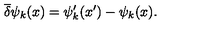
\overline { { \delta } } \psi _ { k } ( x ) = \psi _ { k } ^ { \prime } ( x ^ { \prime } ) - \psi _ { k } ( x ) .